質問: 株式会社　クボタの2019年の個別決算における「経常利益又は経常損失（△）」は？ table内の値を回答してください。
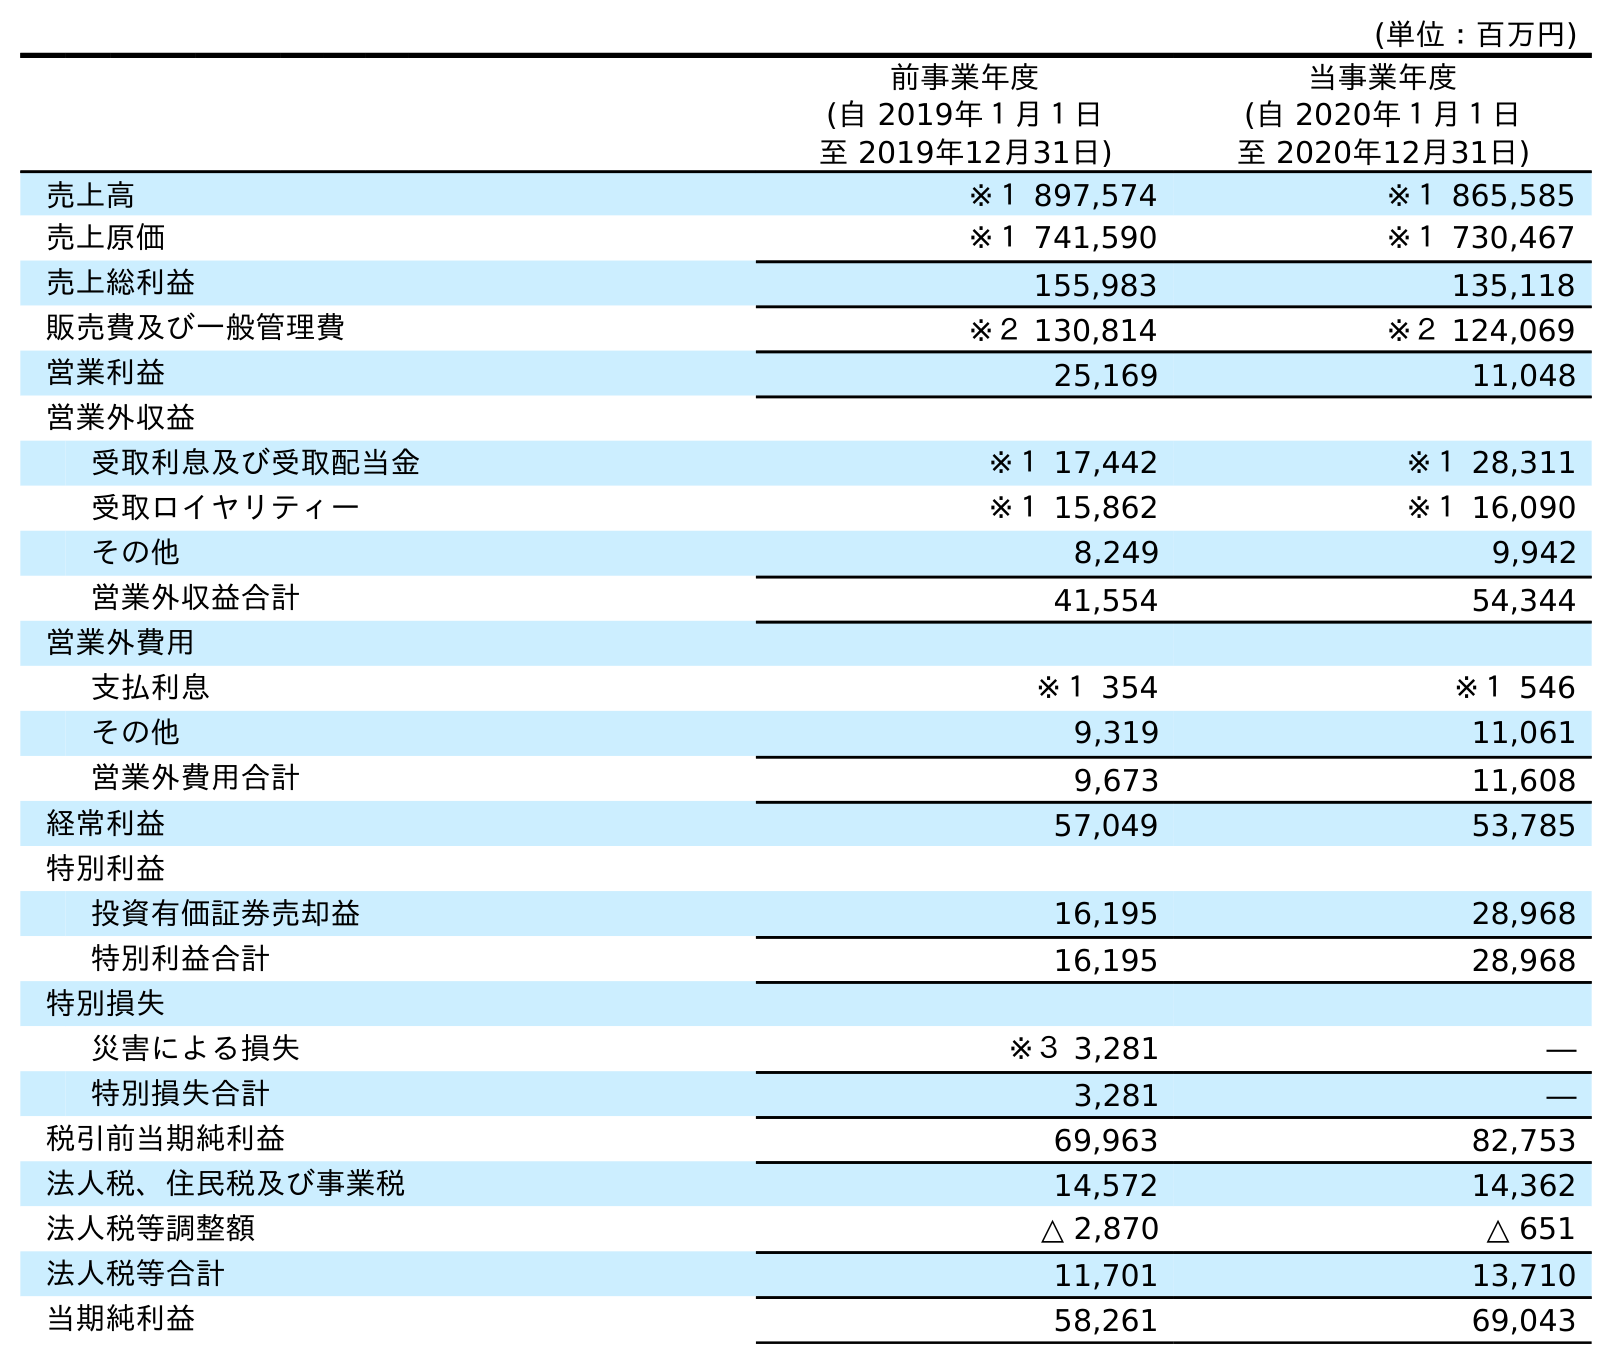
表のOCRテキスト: (単位：百万円) 前事業年度 (自 2019年１月１日 至 2019年12月31日) 当事業年度 (自 2020年１月１日 至 2020年12月31日) 売上高 ※１ 897,574 ※１ 865,585 売上原価 ※１ 741,590 ※１ 730,467 売上総利益 155,983 135,118 販売費及び一般管理費 ※２ 130,814 ※２ 124,069 営業利益 25,169 11,048 営業外収益 受取利息及び受取配当金 ※１ 17,442 ※１ 28,311 受取ロイヤリティー ※１ 15,862 ※１ 16,090 その他 8,249 9,942 営業外収益合計 41,554 54,344 営業外費用 支払利息 ※１ 354 ※１ 546 その他 9,319 11,061 営業外費用合計 9,673 11,608 経常利益 57,049 53,785 特別利益 投資有価証券売却益 16,195 28,968 特別利益合計 16,195 28,968 特別損失 災害による損失 ※３ 3,281 ― 特別損失合計 3,281 ― 税引前当期純利益 69,963 82,753 法人税、住民税及び事業税 14,572 14,362 法人税等調整額 △ 2,870 △ 651 法人税等合計 11,701 13,710 当期純利益 58,261 69,043
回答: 57,049